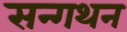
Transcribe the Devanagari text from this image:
सन्गथन